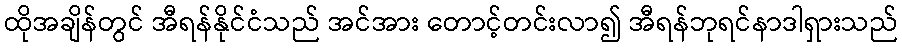
ထိုအချိန်တွင် အီရန်နိုင်ငံသည် အင်အား တောင့်တင်းလာ၍ အီရန်ဘုရင်နာဒါရှားသည်